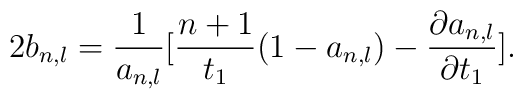
2b_{n,l}=\frac{1}{a_{n,l}}[\frac{n+1}{t_{1}}(1-a_{n,l})-\frac{\partial a_{n,l}}{\partial t_{1}}].